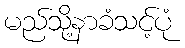
မည်သို့နာခံသင့်ပုံ